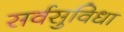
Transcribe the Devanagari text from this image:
सर्वसुविधा